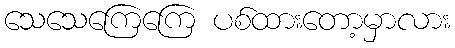
သေသေကြေကြေ ပစ်ထားတော့မှာလား